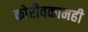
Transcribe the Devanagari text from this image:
कोरीवकामही